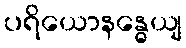
ပရိယောနန္ဓေယျ